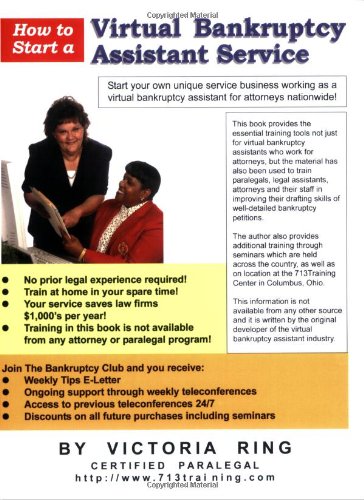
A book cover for How to Start a Virtual Bankruptcy Assistant Service; Victoria Ring; Law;